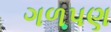
ગળપણ